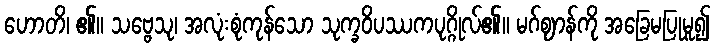
ဟောတိ၊ ၏။ သဗ္ဗေသု၊ အလုံးစုံကုန်သော သုက္ခဝိပဿကပုဂ္ဂိုလ်၏။ မဂ်ဈာန်ကို အခြေမပြုမူ၍